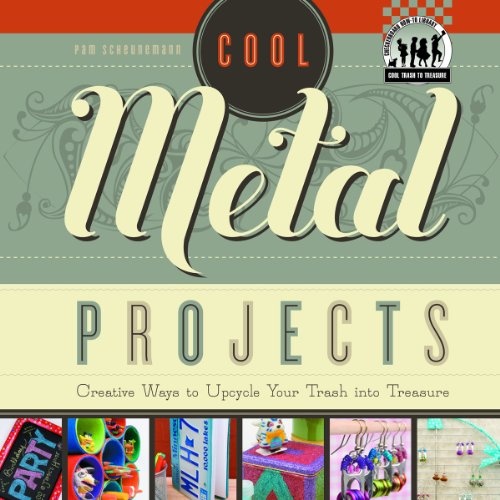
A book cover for Cool Metal Projects: Creative Ways to Upcycle Your Trash Into Treasure (Checkerboard How-To Library: Cool Trash to Treasure); Pam Scheunemann; Crafts, Hobbies & Home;